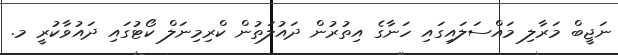
ނަޖީބް މަރާލި މައްސަލައިގައި ހަނާގެ އިތުރުން ދައުލަތުން ކްރިމިނަލް ކޯޓުގައި ދައުވާކުރީ މ.